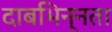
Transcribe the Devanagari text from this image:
दाबभिन्नता